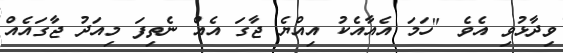
ވިދާޅުވި އެވެ "ހަމަ އެއާއެކު އިއްޔެ ޖާގަ އެއް ނެތިފަ މިއަދު ޖާގައެއް